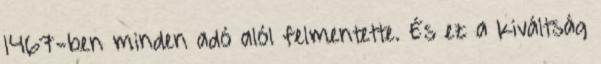
1467-ben minden adó alól felmentette. És ez a kiváltság